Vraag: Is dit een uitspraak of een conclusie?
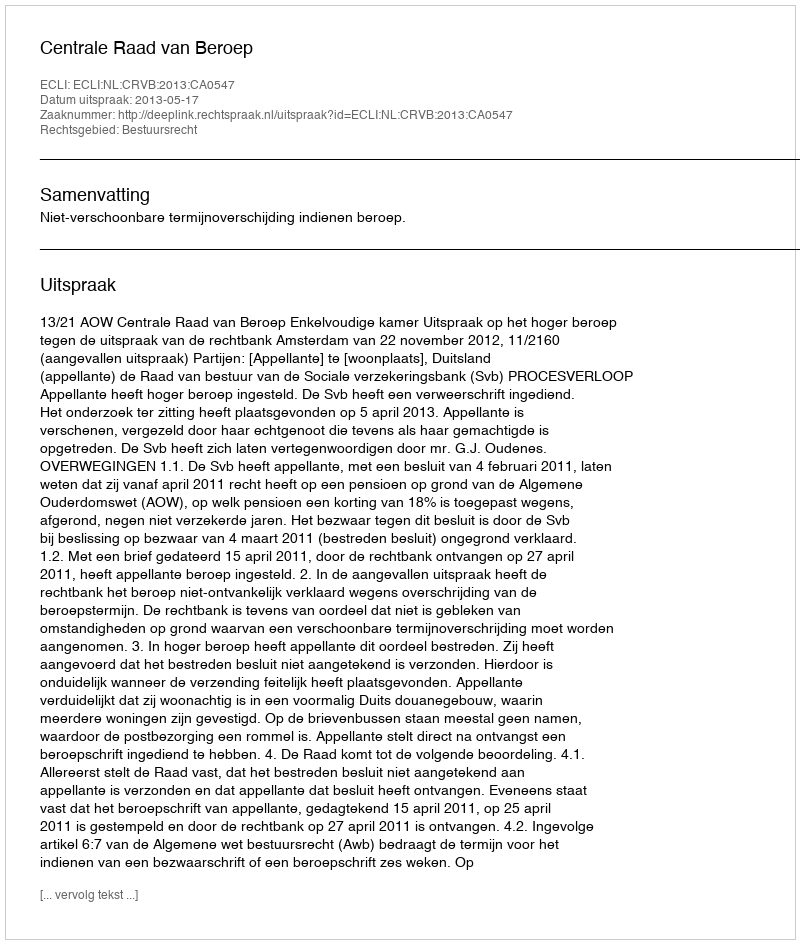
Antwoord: Uitspraak